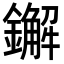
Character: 𨮂